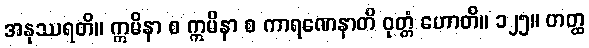
အနုဿရတိ။ ဣမိနာ စ ဣမိနာ စ ကာရဏေနာတိ ဝုတ္တံ ဟောတိ။ ၁၂၅။ တတ္ထ